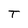
Character: T